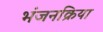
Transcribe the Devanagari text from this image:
भंजनक्रिया